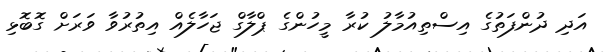
އަދި ދުންފަތުގެ އިސްތިއުމާލު ކުރާ މީހުންގެ ޕްލާގް ޖަހާލެއް އިތުރުވާ ވަރަށް ގޮބޮޅި